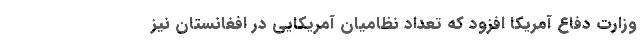
وزارت دفاع آمریکا افزود که تعداد نظامیان آمریکایی در افغانستان نیز